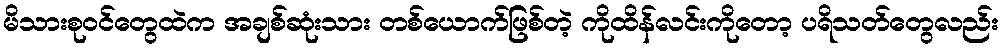
မိသားစုဝင်တွေထဲက အချစ်ဆုံးသား တစ်ယောက်ဖြစ်တဲ့ ကိုထိန်လင်းကိုတော့ ပရိသတ်တွေလည်း